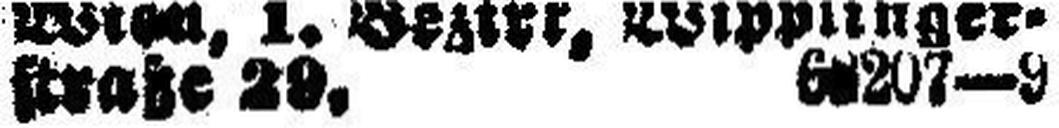
straße 29. 68207—9